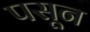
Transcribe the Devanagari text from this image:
पसून